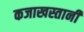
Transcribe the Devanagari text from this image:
कजाखस्तानी